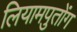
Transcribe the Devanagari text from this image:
लियामपुतोंग